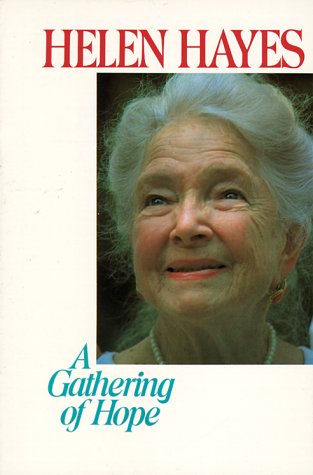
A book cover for A Gathering of Hope; Helen Hayes; Christian Books & Bibles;